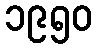
၁၉၅၀